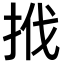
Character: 𢬩